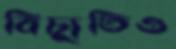
বিচ্যুতিও